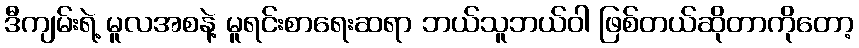
ဒီကျမ်းရဲ့ မူလအစနဲ့ မူရင်းစာရေးဆရာ ဘယ်သူဘယ်ဝါ ဖြစ်တယ်ဆိုတာကိုတော့